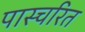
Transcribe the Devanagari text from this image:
पास्चरित